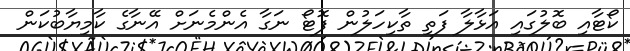
ކޯޓާއި ބޮލުގައި އަޅާލާ ފަތި ތާކިހަލުން ފޮޓޯ ނަގާ އެންމެނަށް އޭނާގެ ކާމިޔާބުކަން